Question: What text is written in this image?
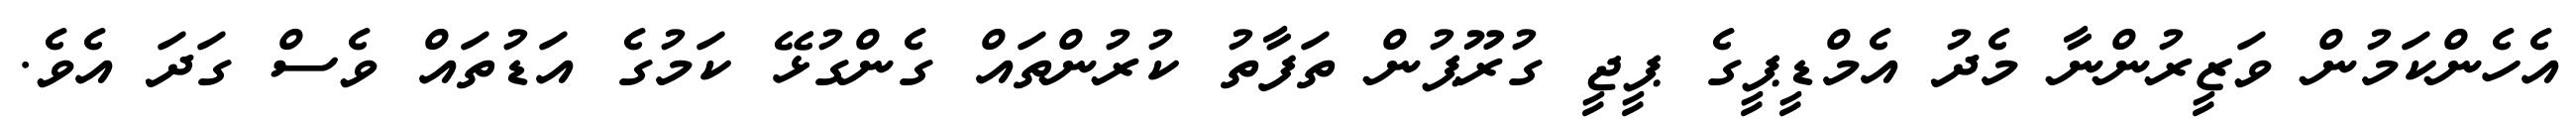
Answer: އެހެންކަމުން ވަޒީރުންނާ މެދު އެމްޑީޕީގެ ޕީޖީ ގުރޫޕުން ތަފާތު ކުރުންތައް ގެންގުޅޭ ކަމުގެ އަޑުތައް ވެސް ގަދަ އެވެ.